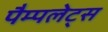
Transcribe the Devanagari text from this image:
पैम्पलेट्स